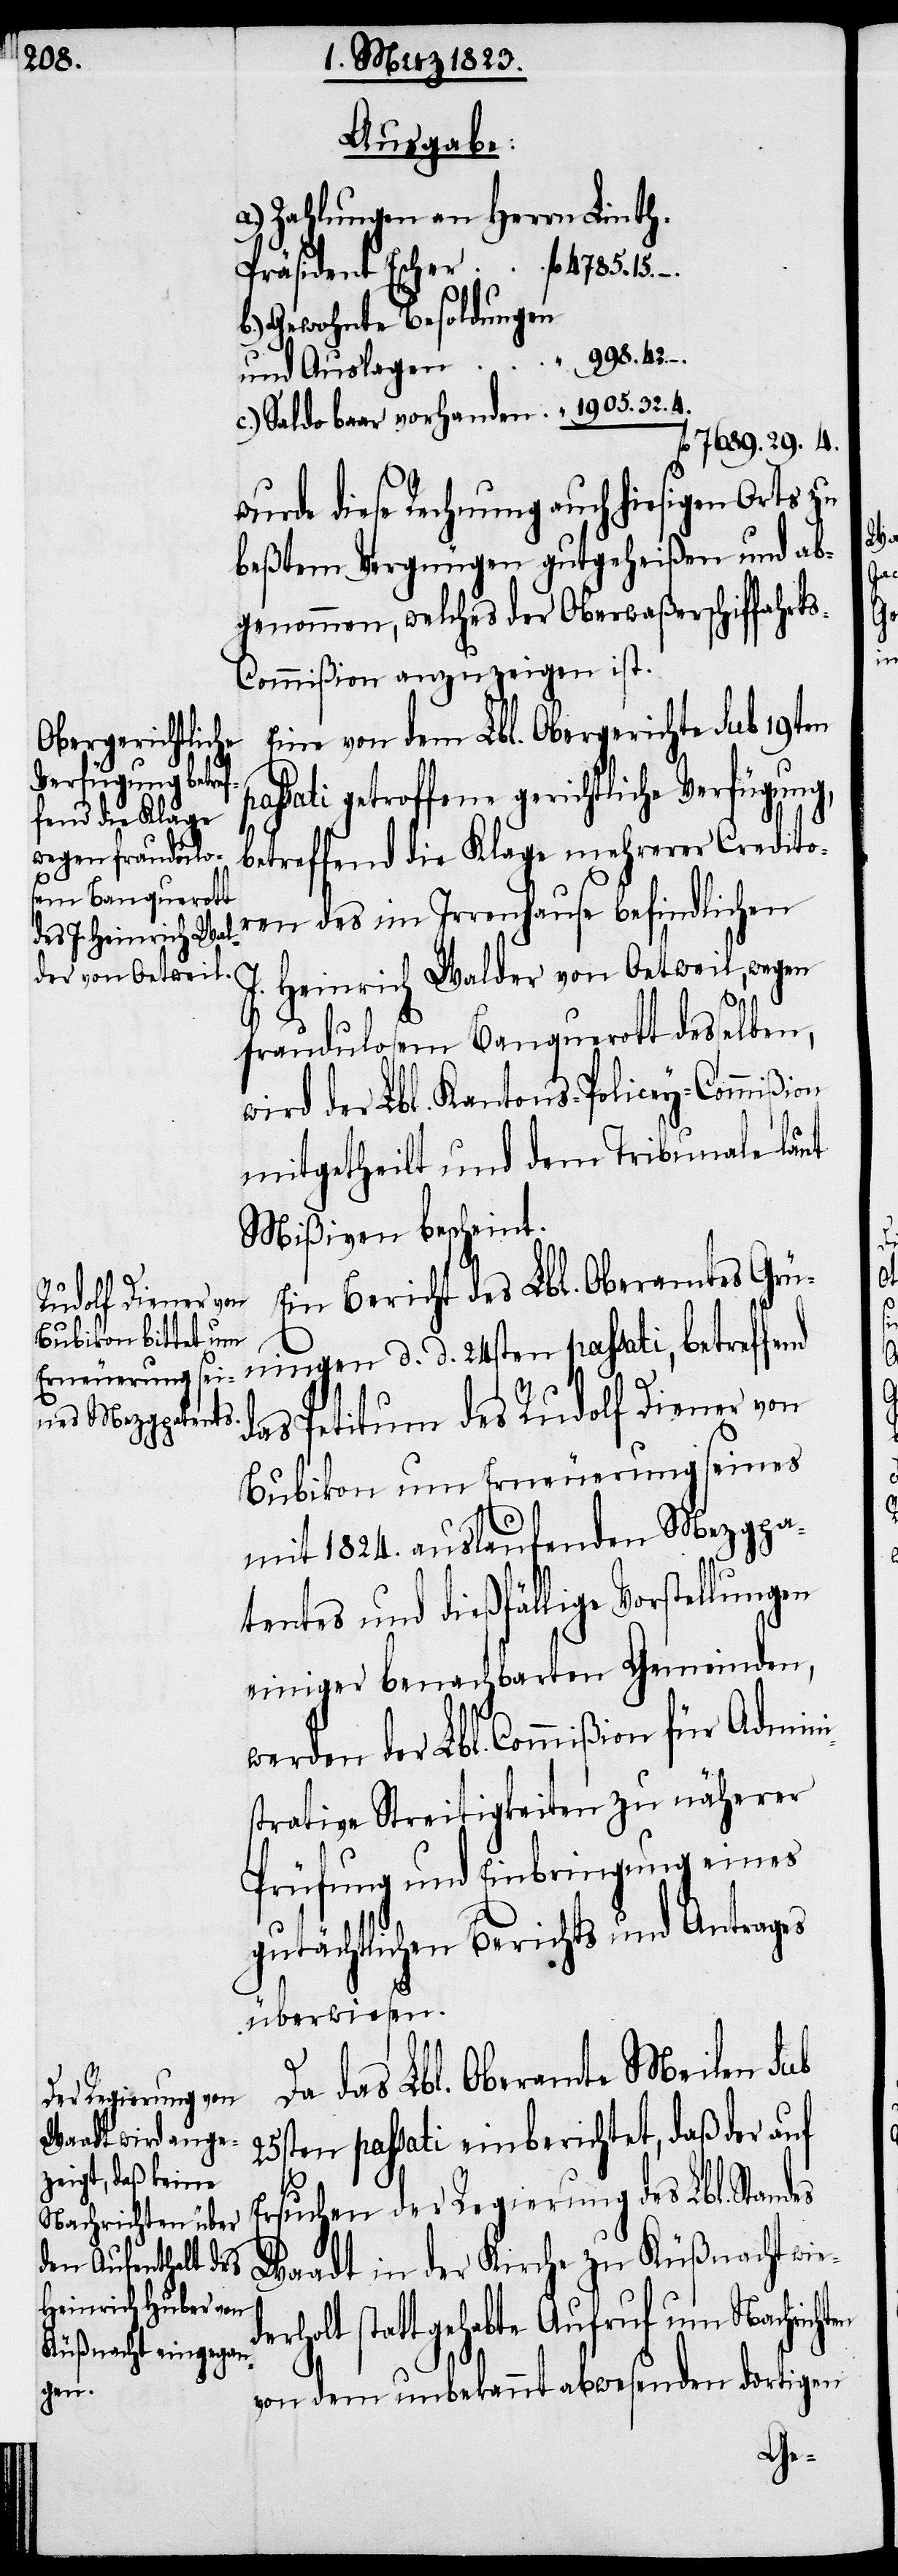
Ausgabe:
a.) Zahlungen an Herrn Lint¬
b.) Gewohnte Besoldungen
wurde diese Rechnung auch hiesigen Orts zu
beßtem Vergnügen gutgeheißen und ab¬
genommen, welches der Oberwaßerschiffahrt¬
s-Commißion anzuzeigen ist.
Eine von dem Lbl. Obergerichte sub 19ten
sati getroffene gerichtliche Verfügung,
betreffend die Klage mehrerer Credito¬
ren des im Irrenhause befindlichen
J.
wegen
fraudulosem Banquerott desselben,
wird der Lbl. Kantons-Policey-Commißion
mitgetheilt und dem Tribunale laut
Mißiven bescheint.
Ein Bericht des Lbl. Oberamtes Grün¬
ingen d. d. 24sten passati, betreffend
en
das Petitum des Rudolf Diener von
Bubikon um Erneuerung seines
mit 1824. auslaufenden Mezgpa¬
tentes und dießfällige Vorstellungen
einiger benachbarten Gemeinden,
werden der Lbl. Commißion für Admini¬
strative Streitigkeiten zu näherer
Prüfung und Einbringung eines
gutächtlichen Berichts und Antrages
überwiesen.
Da das Lbl. Oberamte Meilen sub
25sten passati einberichtet, daß der auf
Ersuchen der Regierung des Lbl. Stand¬
Waadt in der Kirche zu Küßnacht wi¬
Heinrich Walder von
erholt stattgehabte Aufruf um Nachricht¬
von dem unbekannt abwesenden dortigen